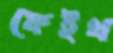
ফেইথ